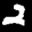
Label: 2